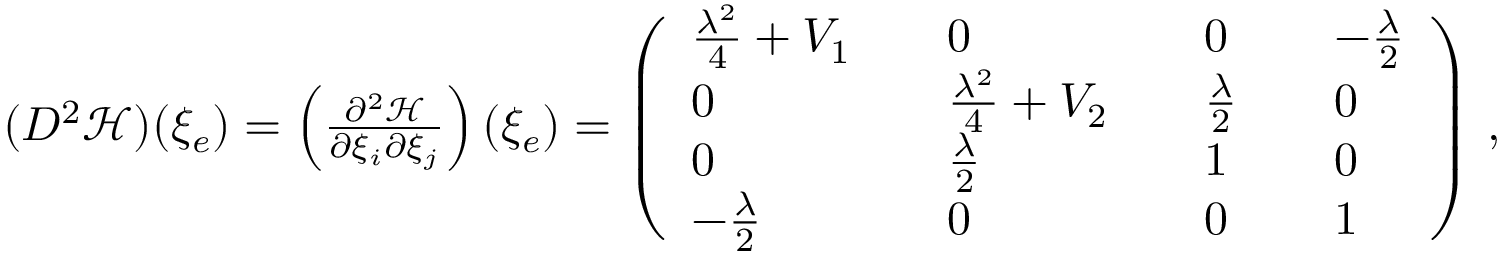
\begin{array} { r } { ( D ^ { 2 } { \mathcal { H } } ) ( \xi _ { e } ) = \left( \frac { \partial ^ { 2 } { \mathcal { H } } } { \partial \xi _ { i } \partial \xi _ { j } } \right) ( \xi _ { e } ) = \left( \begin{array} { l l l l l l l } { \frac { \lambda ^ { 2 } } { 4 } + V _ { 1 } } & & { 0 } & & { 0 } & & { - \frac { \lambda } { 2 } } \\ { 0 } & & { \frac { \lambda ^ { 2 } } { 4 } + V _ { 2 } } & & { \frac { \lambda } { 2 } } & & { 0 } \\ { 0 } & & { \frac { \lambda } { 2 } } & & { 1 } & & { 0 } \\ { - \frac { \lambda } { 2 } } & & { 0 } & & { 0 } & & { 1 } \end{array} \right) \, , } \end{array}